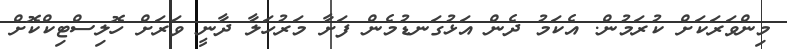
މިންވަރަކަށް ކުރަމުން. އެކަމު ދެން އަޅުގަނޑުމެން ފަށާ މަރުހަލާ ދާނީ ވަރަށް ހޮލިސްޓިކްކޮށް